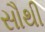
સૌથી